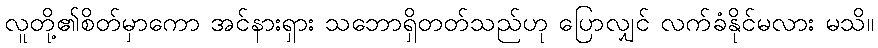
လူတို့၏စိတ်မှာကော အင်နားရှား သဘောရှိတတ်သည်ဟု ပြောလျှင် လက်ခံနိုင်မလား မသိ။